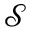
\mathcal { S }